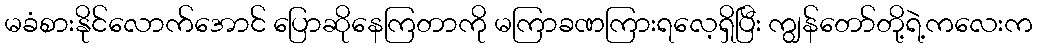
မခံစားနိုင်လောက်အောင် ပြောဆိုနေကြတာကို မကြာခဏကြားရလေ့ရှိပြီး ကျွန်တော်တို့ရဲ့ကလေးက